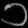
Digit: ၁